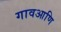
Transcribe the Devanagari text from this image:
गावआणि